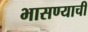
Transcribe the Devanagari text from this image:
भासण्याची